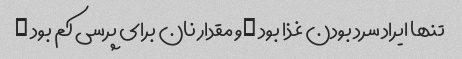
تنها ایراد سرد بودن غذا بود …و مقدار نان برای پرسی کم بود …